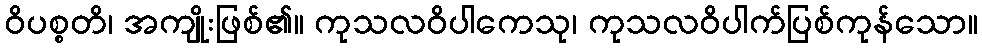
ဝိပစ္စတိ၊ အကျိုးဖြစ်၏။ ကုသလဝိပါကေသု၊ ကုသလဝိပါက်ပြစ်ကုန်သော။